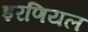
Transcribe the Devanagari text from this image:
इरणियल